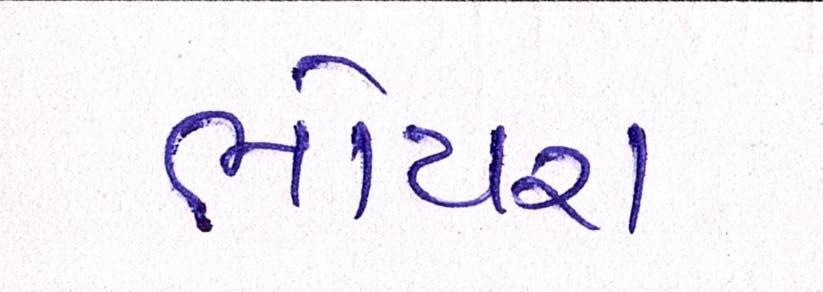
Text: ભોયરા